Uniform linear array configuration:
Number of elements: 12
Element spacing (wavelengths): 1
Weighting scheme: cosine
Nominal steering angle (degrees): -30
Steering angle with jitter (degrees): -29.642
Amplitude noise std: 0.05
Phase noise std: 0.05

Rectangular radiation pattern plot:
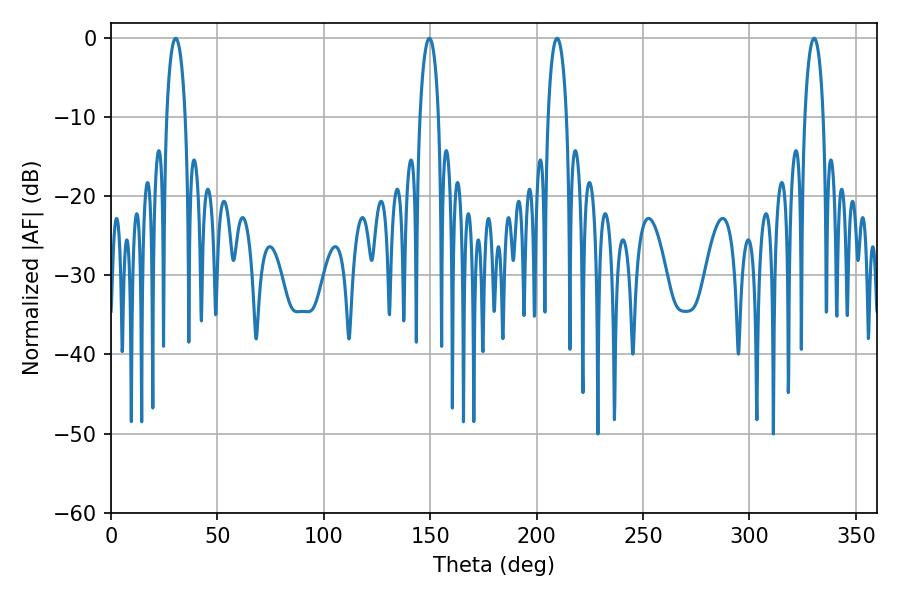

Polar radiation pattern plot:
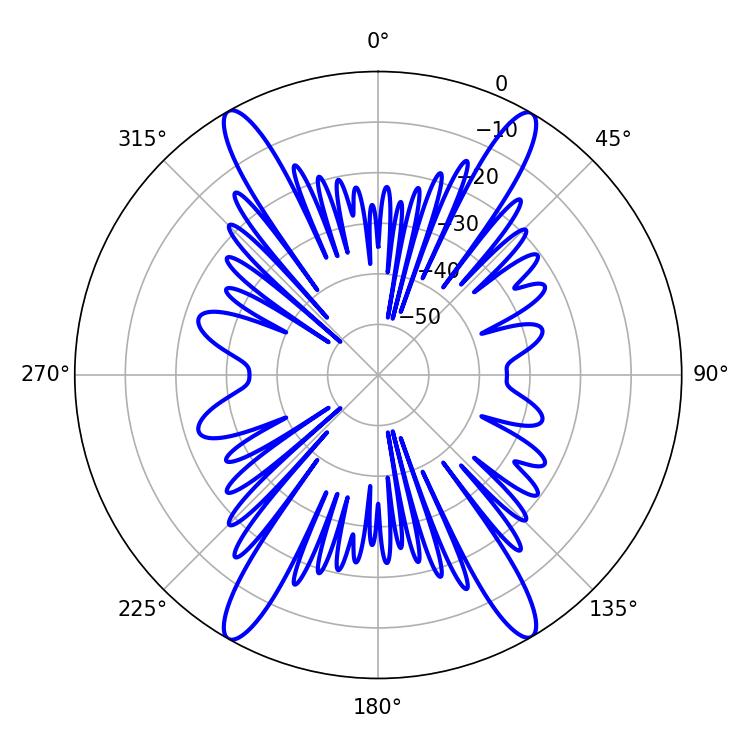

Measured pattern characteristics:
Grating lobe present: TRUE
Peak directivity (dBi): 28.883
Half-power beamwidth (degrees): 5.04
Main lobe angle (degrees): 30.42